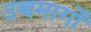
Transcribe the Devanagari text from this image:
उच्चमार्गों